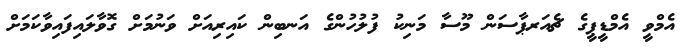
އެމްވީ އެމްޑީޕީގެ ޗެއަރޕާސަން މޫސާ މަނިކު ފުލުހުންގެ އަނބިން ކައިރިއަށް ވަނުމަށް ގޮވާލައިފައިވާކަމަށް